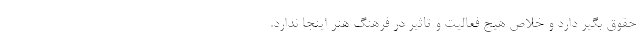
حقوق بگیر دارد و خلاص هیج فعالیت و تاثیر در فرهنگ هنر اینجا ندارد.